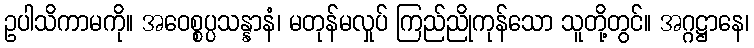
ဥပါသိကာမကို။ အဝေစ္စပ္ပသန္နာနံ၊ မတုန်မလှုပ် ကြည်ညိုကုန်သော သူတို့တွင်။ အဂ္ဂဋ္ဌာနေ၊